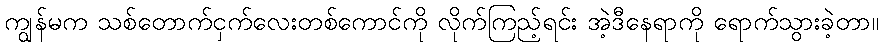
ကျွန်မက သစ်တောက်ငှက်လေးတစ်ကောင်ကို လိုက်ကြည့်ရင်း အဲ့ဒီနေရာကို ရောက်သွားခဲ့တာ။